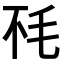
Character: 𰚏